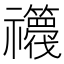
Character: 𮂫